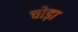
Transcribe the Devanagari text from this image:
चोड़ा